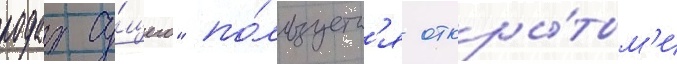
родах су́щего" по́льзуетс'я откры́тым'и